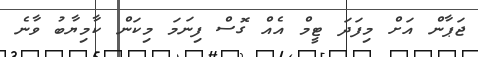
ޖަޕާން އަށް މިފަދަ ޓީމް އެއް ގޮސް ފިނަމަ މިކަން ކާމިޔާބު ވާނެ